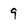
Character: 9